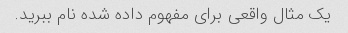
یک مثال واقعی برای مفهوم داده شده نام ببرید.